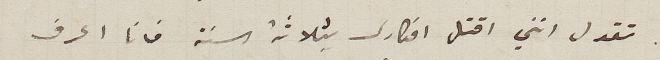
تقول انني اقتل افكارى بثلاثة السنة فانا اعرف